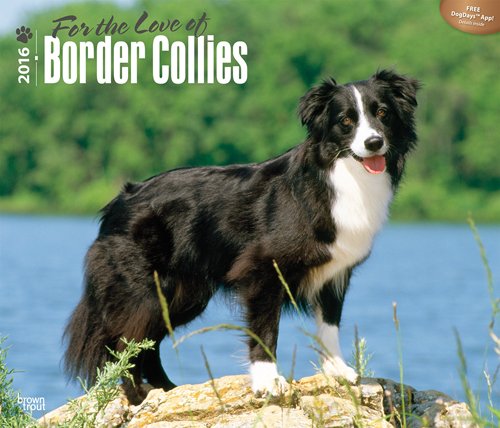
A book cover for Border Collies, For the Love of 2016 Deluxe; Browntrout Publishers; Calendars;